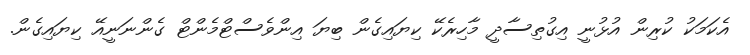
އެކަމަކު ކުރިން އުޅުނީ އިގުތިސާދީ މާހިރެކޭ ކިޔައިގެން ބިޔަ އިންވެސްޓްމެންޓް ގެންނަނީއޭ ކިޔައިގެން.